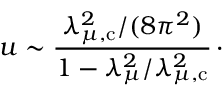
u \sim { \frac { \lambda _ { \mu , \mathrm { c } } ^ { 2 } / ( 8 \pi ^ { 2 } ) } { 1 - \lambda _ { \mu } ^ { 2 } / \lambda _ { \mu , \mathrm { c } } ^ { 2 } } } \, \cdotp